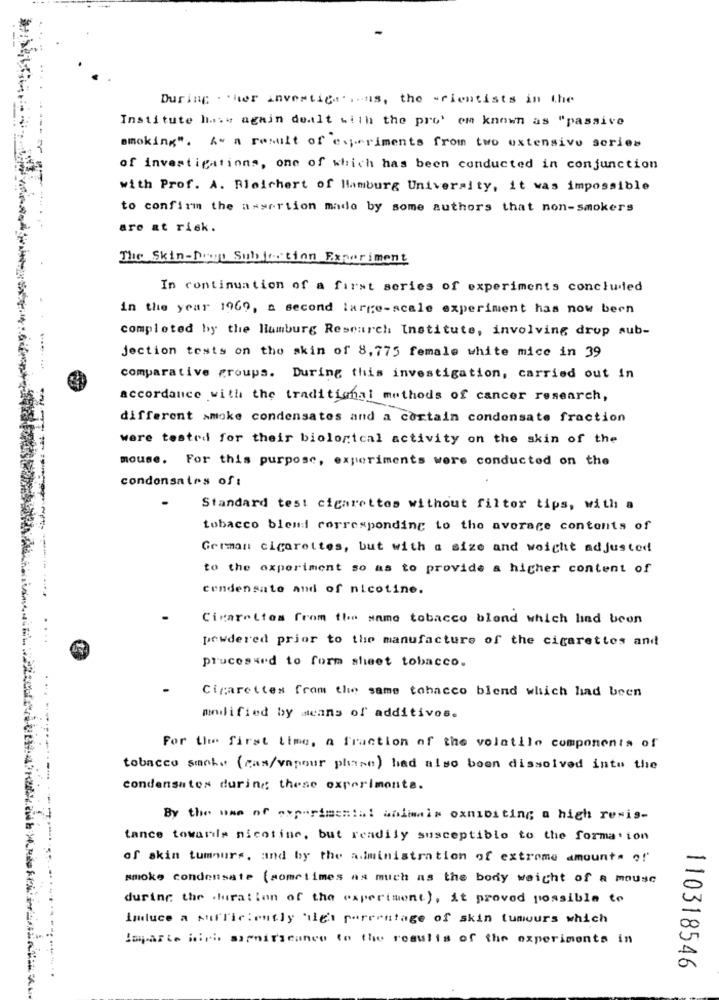
During other investigations, the scientists in the
Institute huww again dealt with the pro' em known as "passive
smoking". A" a result of experiments from two extensivo series
of investigations, one of which has been conducted in conjunction
with Prof. A. Bleichert of Hamburg University, it was impossible
to confirm the assertion made by some authors that non-smokers
are at risk.
The Skin-Domu Subjection Experiment
In continuation of a first series of experiments concluded
in the year 1969, a second large-scale experiment has now been
completed by the liumburg Research Institute, involving drup sub-
Jection tests on the skin of 8,775 female white mice in 39
comparative groups. During this investigation, carried out in
accordance with the traditional methods of cancer research,
different smoke condensates and a certain condensate fraction
were tested for their biological activity on the skin of the
mouse. For this purpose, experiments were conducted on the
condonsales of :
Standard test cigarettes without filter tips, with a
tobacco blemi corresponding to the average contents of
German cigarettes, but with a size and weight adjusted
to the experiment so as to provide a higher content of
condensato and of nicotine.
Cicarelies from the same tobacco blend which lind been
powdered prior to the manufacture of the cigarettes and
processed to form sheet tobacco.
Cigarettes from the same tobacco blend which had been
modified by means of additivos.
For the first time, a fraction of the volatile components of
tobacco sachs (cas/vapour phase) had also boen dissolved into the
condensatos during these experimenta.
By the man of experimental animals oxniosting a high resis-
tance towards nicotine, but readily susceptible to the formation
of skin tumours, and by the administration of extreme amounts of
smoke condensate (sometimes as much as the body weicht of a mouse
during the duration of the experiment), it proved possible to
Imluce a sufficiently high percentage of skin tumours which
Imparte hich sagmirseance to the results of the experiments in
110318546